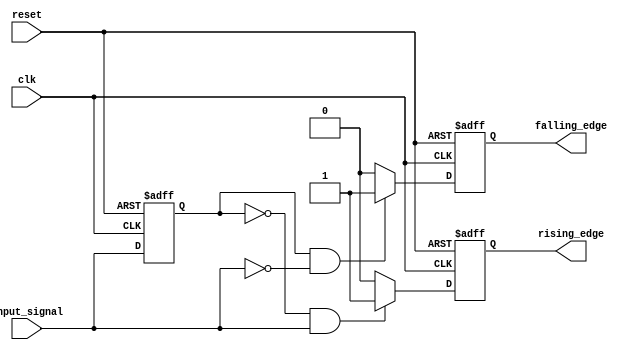
module SchmittTriggerEdgeDetector (
    input wire clk,             // Clock signal
    input wire reset,           // Asynchronous reset signal
    input wire input_signal,     // Input signal to be monitored
    output reg rising_edge,     // Rising edge output signal
    output reg falling_edge      // Falling edge output signal
);

    // Parameters for hysteresis thresholds
    parameter THRESHOLD_LOW = 1'b0;
    parameter THRESHOLD_HIGH = 1'b1;

    // Memory block to store the previous state of the input signal
    reg previous_state;

    // Edge detection logic
    always @(posedge clk or posedge reset) begin
        if (reset) begin
            // Initialize the previous state and outputs on reset
            previous_state <= THRESHOLD_LOW;
            rising_edge <= 1'b0;
            falling_edge <= 1'b0;
        end else begin
            // Detect rising edge
            if (previous_state == THRESHOLD_LOW && input_signal == THRESHOLD_HIGH) begin
                rising_edge <= 1'b1; // Rising edge detected
            end else begin
                rising_edge <= 1'b0; // No rising edge
            end
            
            // Detect falling edge
            if (previous_state == THRESHOLD_HIGH && input_signal == THRESHOLD_LOW) begin
                falling_edge <= 1'b1; // Falling edge detected
            end else begin
                falling_edge <= 1'b0; // No falling edge
            end
            
            // Update the previous state
            previous_state <= input_signal;
        end
    end

endmodule